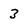
Character: 3